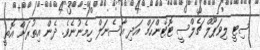
ސިޓީ ލިވަޕޫލް ޗެލްސީ ޓޮޓެންހަމް އަދި އާސެނަލް ހިމެނުނެވެ. ދެން އިތުރަށް އޮތީ